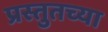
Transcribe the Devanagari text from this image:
प्रस्तुतच्या